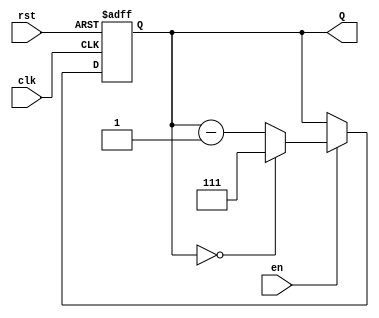
module binary_down_counter (
    input wire clk,       // Clock signal
    input wire rst,       // Asynchronous reset
    input wire en,        // Enable signal
    output reg [2:0] Q    // 3-bit output count
);

    // Maximum count value for a 3-bit counter
    localparam MAX_COUNT = 3'b111; // 7 in decimal

    // Asynchronous reset and counting logic
    always @(posedge clk or posedge rst) begin
        if (rst) begin
            Q <= MAX_COUNT; // Reset to maximum count value
        end else if (en) begin
            if (Q == 3'b000) begin
                Q <= MAX_COUNT; // Wrap around to maximum count
            end else begin
                Q <= Q - 1; // Decrement the count
            end
        end
        // If enable is low, Q retains its value
    end

endmodule